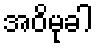
အဝိမုခါ